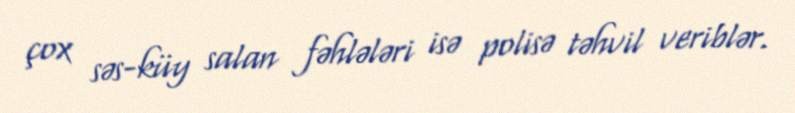
çox səs-küy salan fəhlələri isə polisə təhvil veriblər.